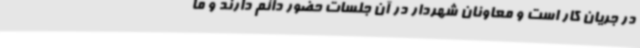
در جریان کار است و معاونان شهردار در آن جلسات حضور دائم دارند و ما